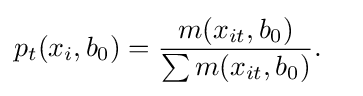
p_{t}(x_{i},b_{0})={\frac {m(x_{it},b_{0})}{\sum m(x_{it},b_{0})}}.\quad